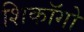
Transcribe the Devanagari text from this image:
शिकॉगो